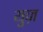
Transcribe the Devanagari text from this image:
युज़